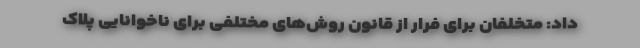
داد: متخلفان برای فرار از قانون روش‌های مختلفی برای ناخوانایی پلاک